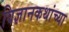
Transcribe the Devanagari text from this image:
विज्ञानकथांच्या